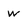
Character: w